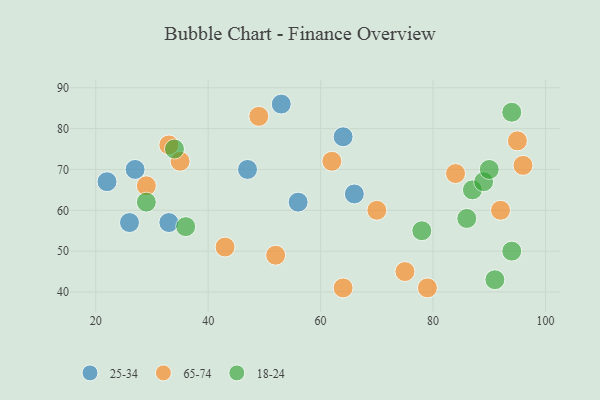
{"axis": {"x": "GDP", "y": "Life Expectancy"}, "legend": ["18-24", "25-34", "65-74"], "data": [{"x": "56", "y": 62, "type": "25-34"}, {"x": "53", "y": 86, "type": "25-34"}, {"x": "66", "y": 64, "type": "25-34"}, {"x": "47", "y": 70, "type": "25-34"}, {"x": "27", "y": 70, "type": "25-34"}, {"x": "26", "y": 57, "type": "25-34"}, {"x": "22", "y": 67, "type": "25-34"}, {"x": "33", "y": 57, "type": "25-34"}, {"x": "64", "y": 78, "type": "25-34"}, {"x": "84", "y": 69, "type": "65-74"}, {"x": "75", "y": 45, "type": "65-74"}, {"x": "96", "y": 71, "type": "65-74"}, {"x": "64", "y": 41, "type": "65-74"}, {"x": "92", "y": 60, "type": "65-74"}, {"x": "62", "y": 72, "type": "65-74"}, {"x": "70", "y": 60, "type": "65-74"}, {"x": "43", "y": 51, "type": "65-74"}, {"x": "79", "y": 41, "type": "65-74"}, {"x": "52", "y": 49, "type": "65-74"}, {"x": "49", "y": 83, "type": "65-74"}, {"x": "29", "y": 66, "type": "65-74"}, {"x": "35", "y": 72, "type": "65-74"}, {"x": "33", "y": 76, "type": "65-74"}, {"x": "95", "y": 77, "type": "65-74"}, {"x": "29", "y": 62, "type": "18-24"}, {"x": "86", "y": 58, "type": "18-24"}, {"x": "87", "y": 65, "type": "18-24"}, {"x": "36", "y": 56, "type": "18-24"}, {"x": "94", "y": 50, "type": "18-24"}, {"x": "89", "y": 67, "type": "18-24"}, {"x": "34", "y": 75, "type": "18-24"}, {"x": "78", "y": 55, "type": "18-24"}, {"x": "91", "y": 43, "type": "18-24"}, {"x": "90", "y": 70, "type": "18-24"}, {"x": "94", "y": 84, "type": "18-24"}]}